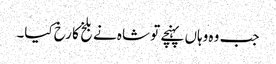
جب وہ وہاں پہنچے تو شاہ نے بلخ کا رخ کیا۔